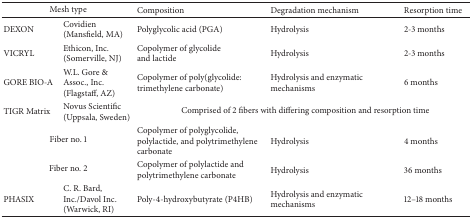
| <COLSPAN=2> Mesh type | Composition | Degradation mechanism | Resorption time |
 | --- | --- | --- | --- | --- |
 | DEXON | Covidien(Mansfield, MA) | Polyglycolic acid (PGA) | Hydrolysis | 2-3 months |
 | VICRYL | Ethicon, Inc. (Somerville, NJ) | Copolymer of glycolide and lactide | Hydrolysis | 2-3 months |
 | GORE BIO-A | W.L. Gore & Assoc., Inc. (Flagstaff, AZ) | Copolymer of poly(glycolide: trimethylene carbonate) | Hydrolysis and enzymatic mechanisms | 6 months |
 | TIGR Matrix | Novus Scientific(Uppsala, Sweden) | <COLSPAN=3> Comprised of 2 fibers with differing composition and resorption time |
 | <COLSPAN=2> Fiber no. 1 | Copolymer of polyglycolide, polylactide, and polytrimethylene carbonate | Hydrolysis | 4 months |
 | <COLSPAN=2> Fiber no. 2 | Copolymer of polylactide and polytrimethylene carbonate | Hydrolysis | 36 months |
 | PHASIX | C. R. Bard, Inc./Davol Inc. (Warwick, RI) | Poly-4-hydroxybutyrate (P4HB) | Hydrolysis and enzymatic mechanisms | 12–18 months |